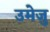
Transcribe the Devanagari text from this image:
उमेजु